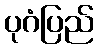
ပုဂံပြည်